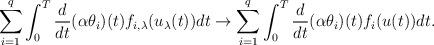
LaTeX: \begin{align*}\sum_{i=1}^{q} \int_0^T \frac{d}{dt}(\alpha \theta_{i})(t) f_{i,\lambda}(u_{\lambda}(t)) dt \rightarrow \sum_{i=1}^{q} \int_0^T \frac{d}{dt}(\alpha \theta_{i})(t) f_{i} (u(t)) dt.\end{align*}